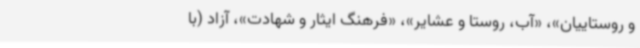
و روستاییان»، «آب، روستا و عشایر»، «فرهنگ ایثار و شهادت»، آزاد (با